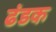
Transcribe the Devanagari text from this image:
ढंडक